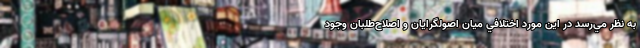
به نظر مي‌رسد در اين مورد اختلافي ميان اصولگرايان و اصلاح‌طلبان وجود